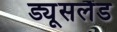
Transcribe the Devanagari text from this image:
ड्यूसलैंड